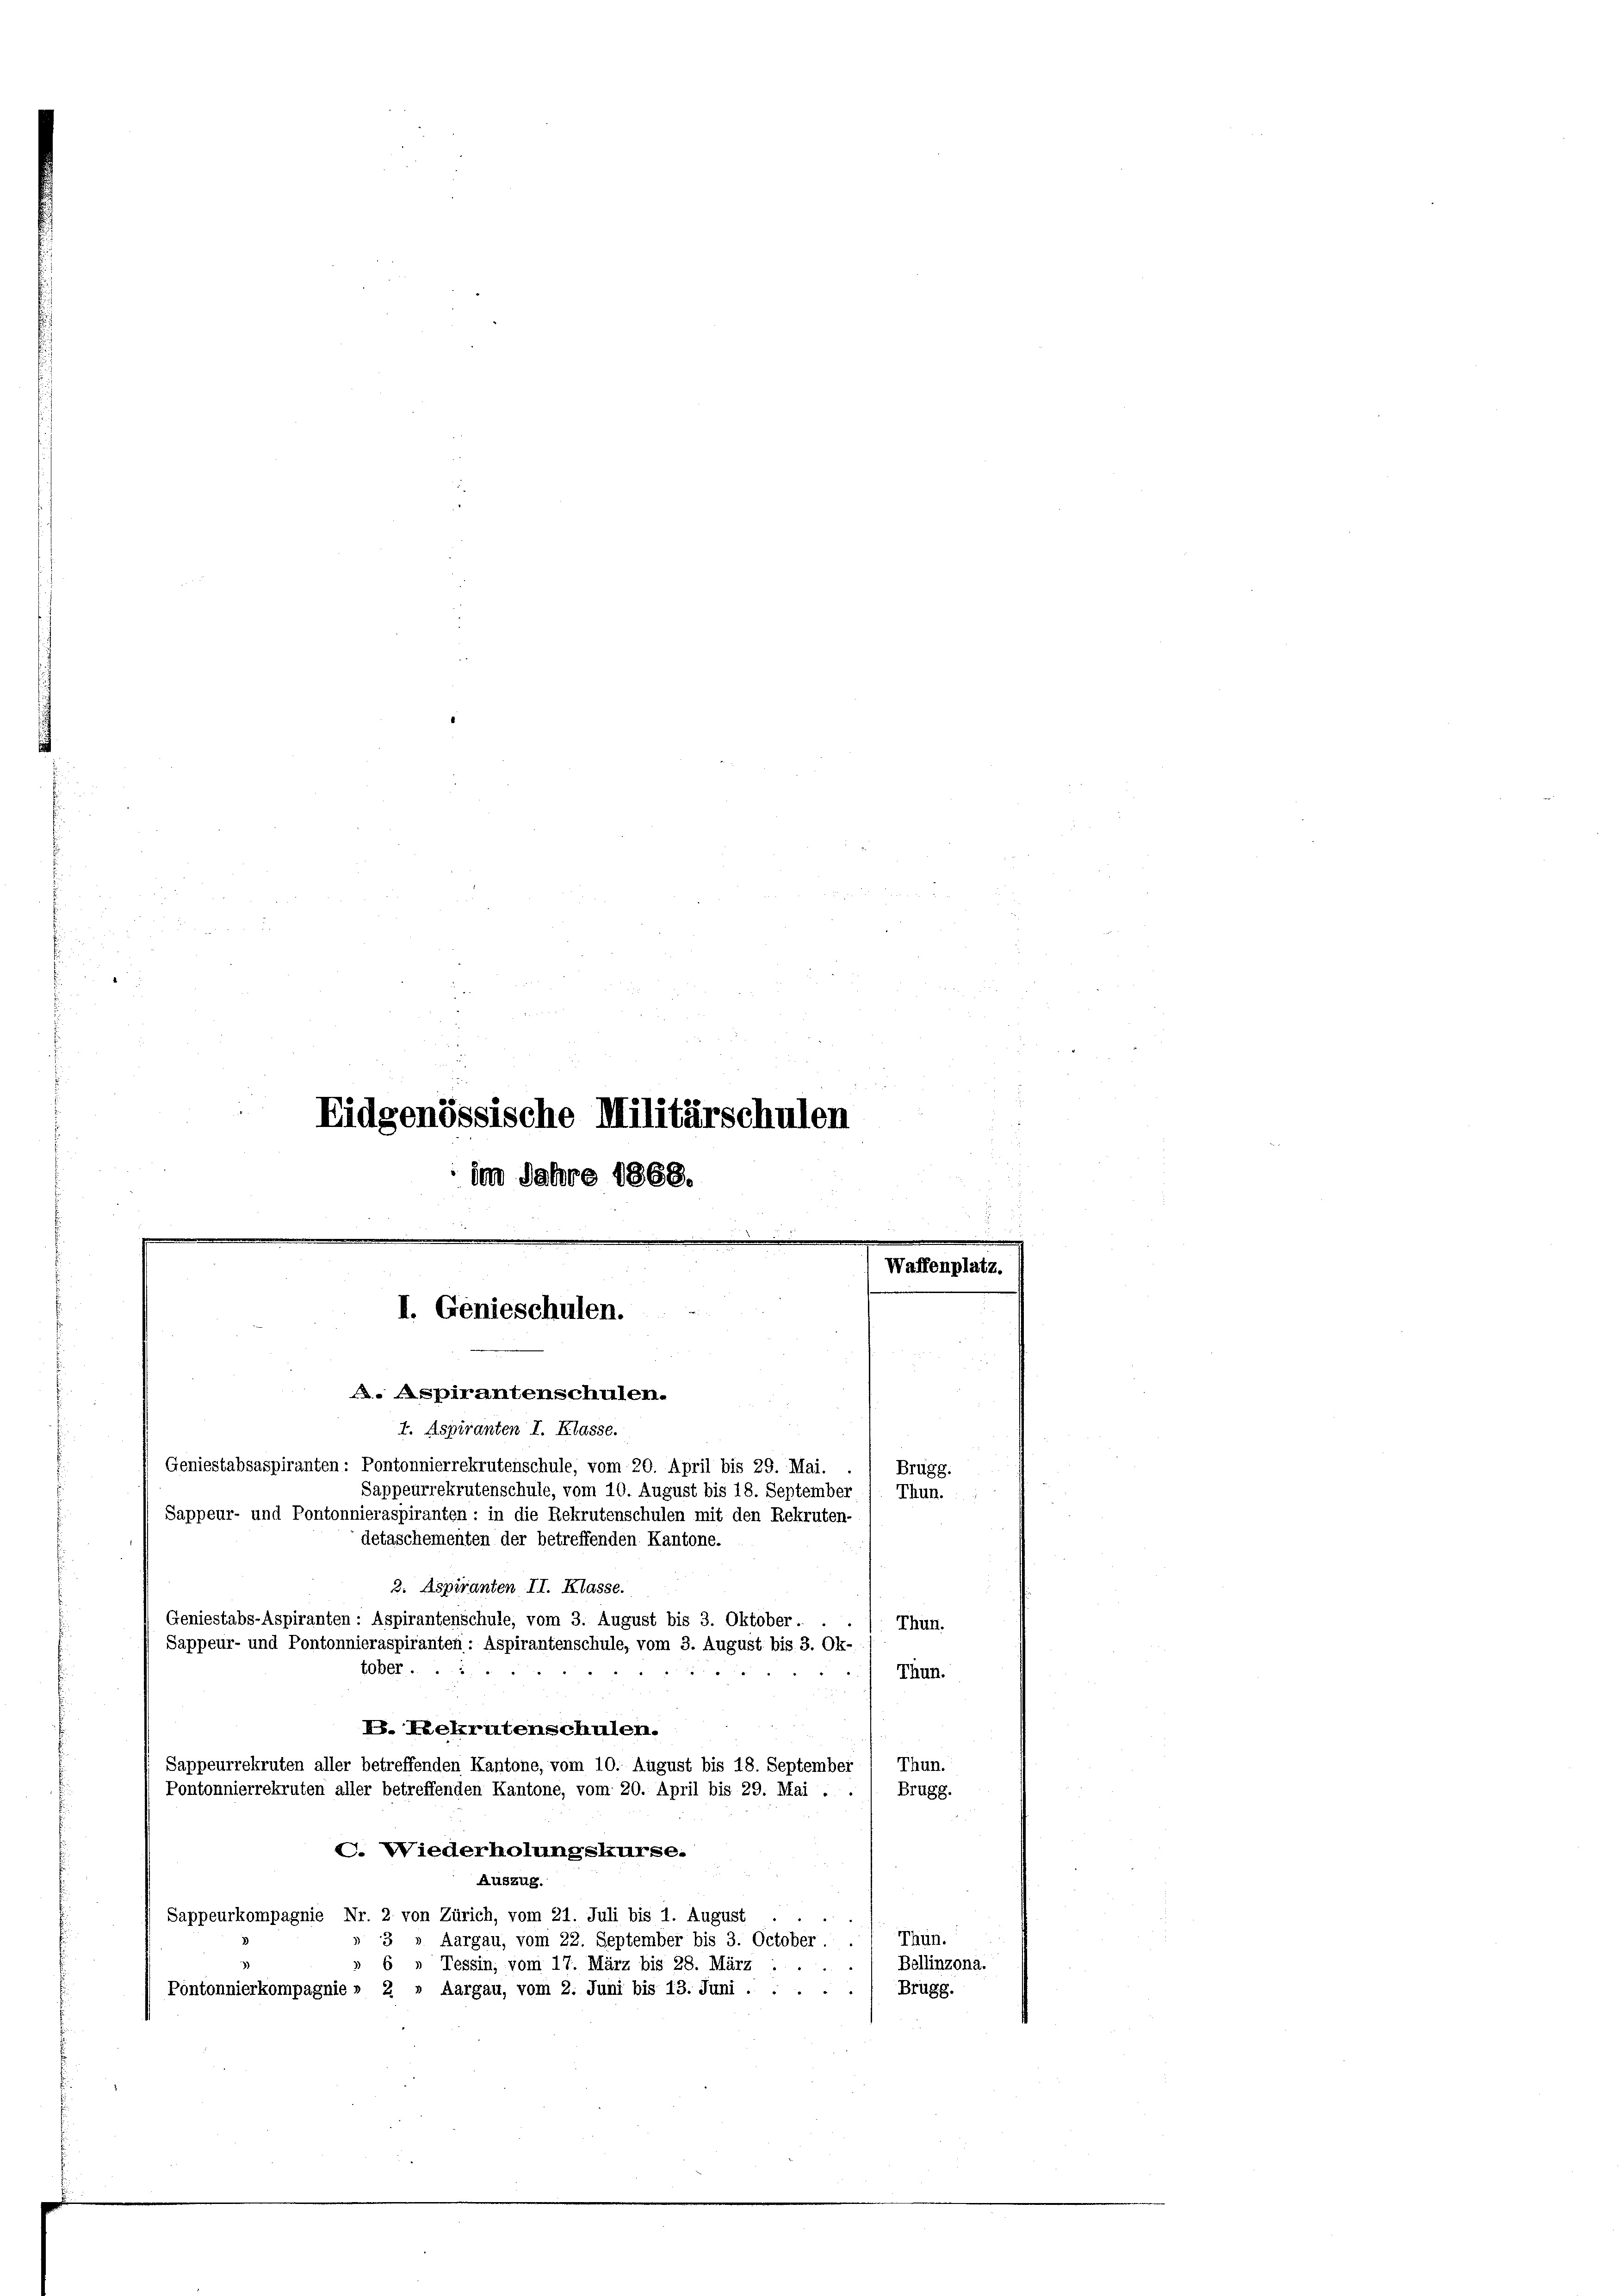
Eidgenössische Militärschulen

.
.
Waffenplatz.
I. Genieschulen.
A. Aspirantenschulen.

tober .....

I. Aspiranten I. Klasse.
Geniestabsaspiranten: Pontonnierrekrutenschule, vom 20. April bis 29. Mai.
Sappeurrekrutenschule, vom 10. August bis 18. September
Sappeur- und Pontonnieraspiranten : in die Rekrutenschulen mit den Rekruten-
detaschementen der betreffenden Kantone.
2. Aspiranten II. Klasse.
Geniestabs-Aspiranten : Aspirantenschule, vom 3. August bis 3. Oktober.
Thun.
Sappeur- und Pontonnieraspiranten : Aspirantenschule, vom 3. August bis 3. Ok-
Thun.

E. Rekrutenschulen.
Sappeurrekruten aller betreffenden Kantone, vom 10. August bis 18. September
Thun.
Pontonnierrekruten aller betreffenden Kantone, vom 20. April bis 29. Mai . .
Brugg.
C. Wiederholungskurse.
Auszug.
Sappeurkompagnie Nr. 2 von Zürich, vom 21. Juli bis 1. August
Thun.
3» Aargau, vom 22. September bis 3. October
Bellinzona.
6 » Tessin, vom 17. März bis 28. März
Pontonnierkompagnie » 2 » Aargau, vom 2. Juni bis 13. Juni .
Brügg.

im Jahre 1868.

Brugg.
Thun.